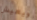
ويعيش